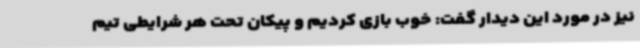
نیز در مورد این دیدار گفت: خوب بازی کردیم و پیکان تحت هر شرایطی تیم